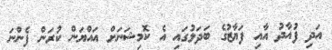
އަދި ފުއާދު އާއި ފަޔާޒުގެ ބަދަލުގައި އެ ކޮމިޝަނަށް އައްުޔަން ކުރަން ފެންނަ